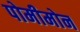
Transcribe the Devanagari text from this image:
पोमीमोन